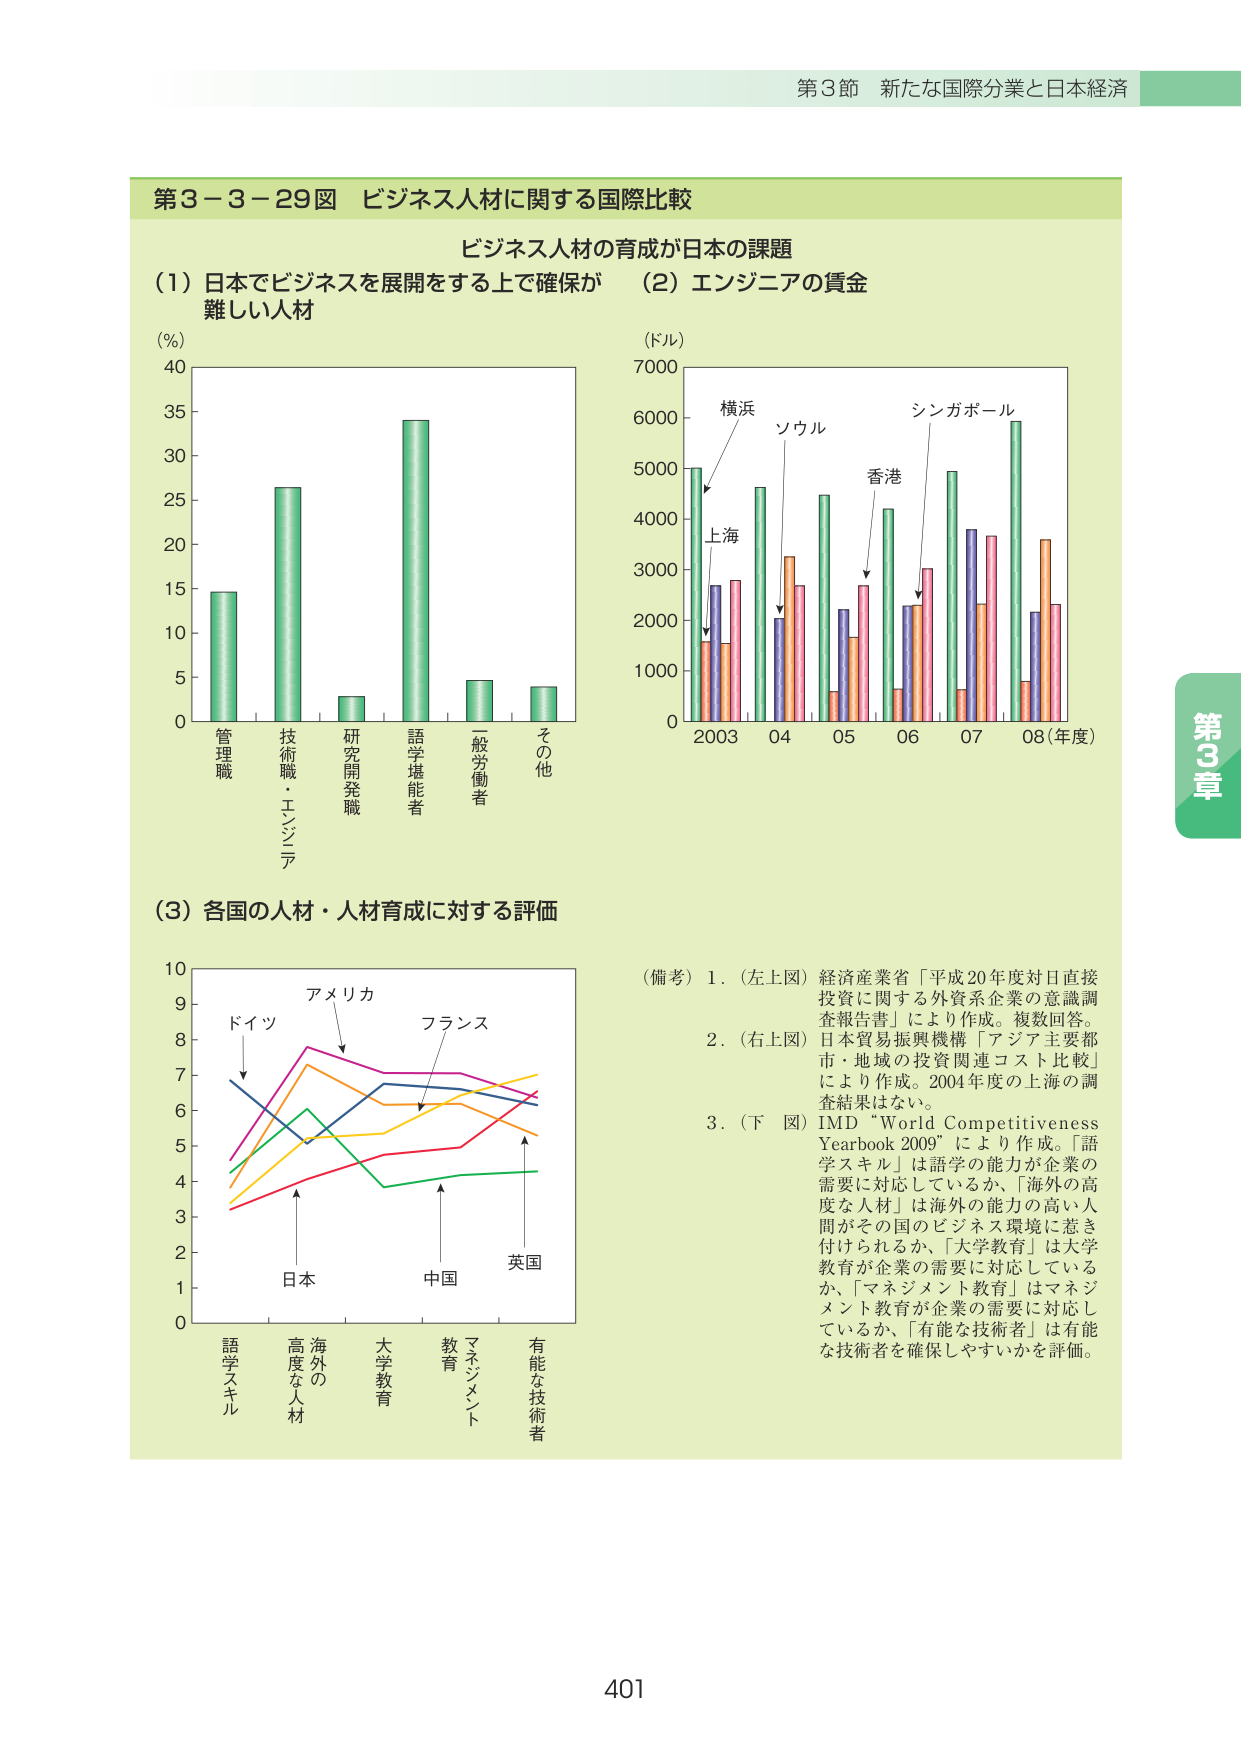
第3節 新たな国際分業と日本経済

第3－3－29図 ビジネス人材に関する国際比較

ビジネス人材の育成が日本の課題

(1) 日本でビジネスを展開をする上で確保が難しい人材
(%)
40
35
30
25
20
15
10
5
0
管理職
技術職・エンジニア
研究開発職
語学堪能者
一般労働者
その他

(2) エンジニアの賃金
(ドル)
7000
6000
5000
4000
3000
2000
1000
0
横浜
上海
ソウル
香港
シンガポール
2003  04  05  06  07  08(年度)

(3) 各国の人材・人材育成に対する評価
10
9
8
7
6
5
4
3
2
1
0
ドイツ
アメリカ
フランス
日本
中国
英国
語学スキル
高度な人材
海外の人材
大学教育
教育
マネジメント
有能な技術者

(備考)
1. (左上図) 経済産業省「平成20年度対日直接投資に関する外資系企業の意識調査報告書」により作成。複数回答。
2. (右上図) 日本貿易振興機構「アジア主要都市・地域の投資関連コスト比較」により作成。2004年度の上海の調査結果はない。
3. (下図) IMD “World Competitiveness Yearbook 2009” により作成。「語学スキル」は語学の能力が企業の需要に対応しているか、「海外の高度な人材」は海外の能力の高い人間がその国のビジネス環境に惹き付けられるか、「大学教育」は大学教育が企業の需要に対応しているか、「マネジメント教育」はマネジメント教育が企業の需要に対応しているか、「有能な技術者」は有能な技術者を確保しやすいかを評価。

第3章
401